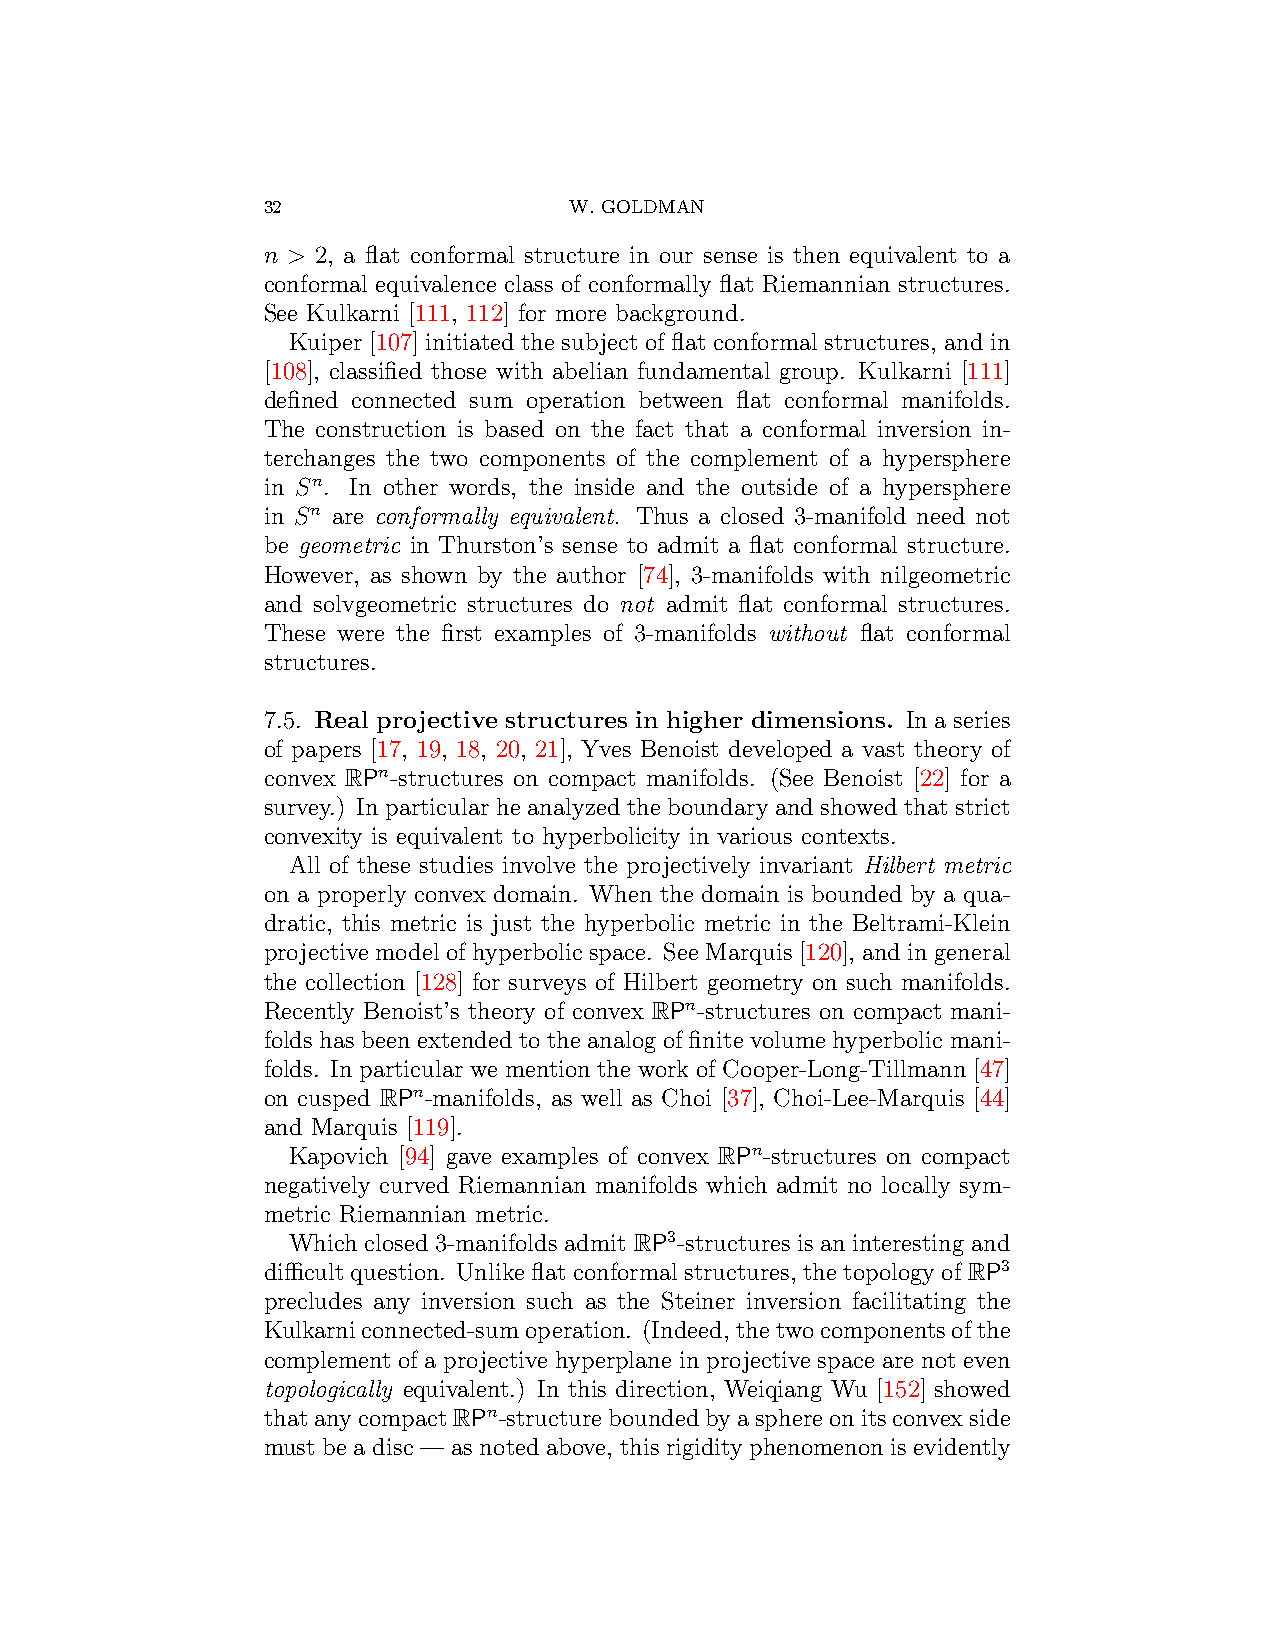
32                   W. GOLDMAN
 n > 2, a flat conformal structure in our sense is then equivalent to a
 conformal equivalence class of conformally flat Riemannian structures.
 See Kulkarni [111, 112] for more background.
 Kuiper [107] initiated the subject of flat conformal structures, and in
 [108], classified those with abelian fundamental group. Kulkarni [111]
 defined connected sum operation between flat conformal manifolds.
 The construction is based on the fact that a conformal inversion in-
 terchanges the two components of the complement of a hypersphere
 in Sn. In other words, the inside and the outside of a hypersphere
 in Sn are conformally equivalent. Thus a closed 3-manifold need not
 be geometric in Thurston’s sense to admit a flat conformal structure.
 However, as shown by the author [74], 3-manifolds with nilgeometric
 and solvgeometric structures do not admit flat conformal structures.
 These were the first examples of 3-manifolds without flat conformal
 structures.
 7.5. Real projective structures in higher dimensions. In a series
 of papers [17, 19, 18, 20, 21], Yves Benoist developed a vast theory of
 convex RPn-structures on compact manifolds. (See Benoist [22] for a
 survey.) In particular he analyzed the boundary and showed that strict
 convexity is equivalent to hyperbolicity in various contexts.
 All of these studies involve the projectively invariant Hilbert metric
 on a properly convex domain. When the domain is bounded by a qua-
 dratic, this metric is just the hyperbolic metric in the Beltrami-Klein
 projective model of hyperbolic space. See Marquis [120], and in general
 the collection [128] for surveys of Hilbert geometry on such manifolds.
 Recently Benoist’s theory of convex RPn-structures on compact mani-
 folds has been extended to the analog of finite volume hyperbolic mani-
 folds. In particular we mention the work of Cooper-Long-Tillmann [47]
 on cusped RPn-manifolds, as well as Choi [37], Choi-Lee-Marquis [44]
 and Marquis [119].
 Kapovich [94] gave examples of convex RPn-structures on compact
 negatively curved Riemannian manifolds which admit no locally sym-
 metric Riemannian metric.
 Which closed 3-manifolds admit RP3-structures is an interesting and
 difficultquestion. Unlikeflatconformalstructures, thetopologyofRP3
 precludes any inversion such as the Steiner inversion facilitating the
 Kulkarniconnected-sumoperation. (Indeed,thetwocomponentsofthe
 complement of a projective hyperplane in projective space are not even
 topologically equivalent.) In this direction, Weiqiang Wu [152] showed
 thatanycompactRPn-structureboundedbyasphereonitsconvexside
 must be a disc — as noted above, this rigidity phenomenon is evidently